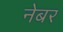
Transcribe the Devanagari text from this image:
नेबर